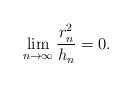
LaTeX: \begin{align*}\lim_{n\to \infty} \frac{r_n^2}{h_n} = 0 . \end{align*}